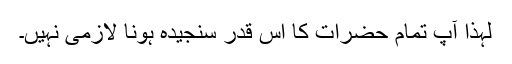
لہذا آپ تمام حضرات کا اس قدر سنجیدہ ہونا لازمی نہیں۔